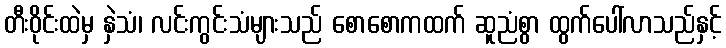
တီးဝိုင်းထဲမှ နှဲသံ၊ လင်းကွင်းသံများသည် စောစောကထက် ဆူညံစွာ ထွက်ပေါ်လာသည်နှင့်